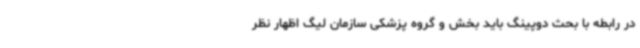
در رابطه با بحث دوپینگ باید بخش و گروه پزشکی سازمان لیگ اظهار نظر